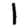
Digit: 1